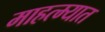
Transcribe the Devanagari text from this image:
माहत्म्यात